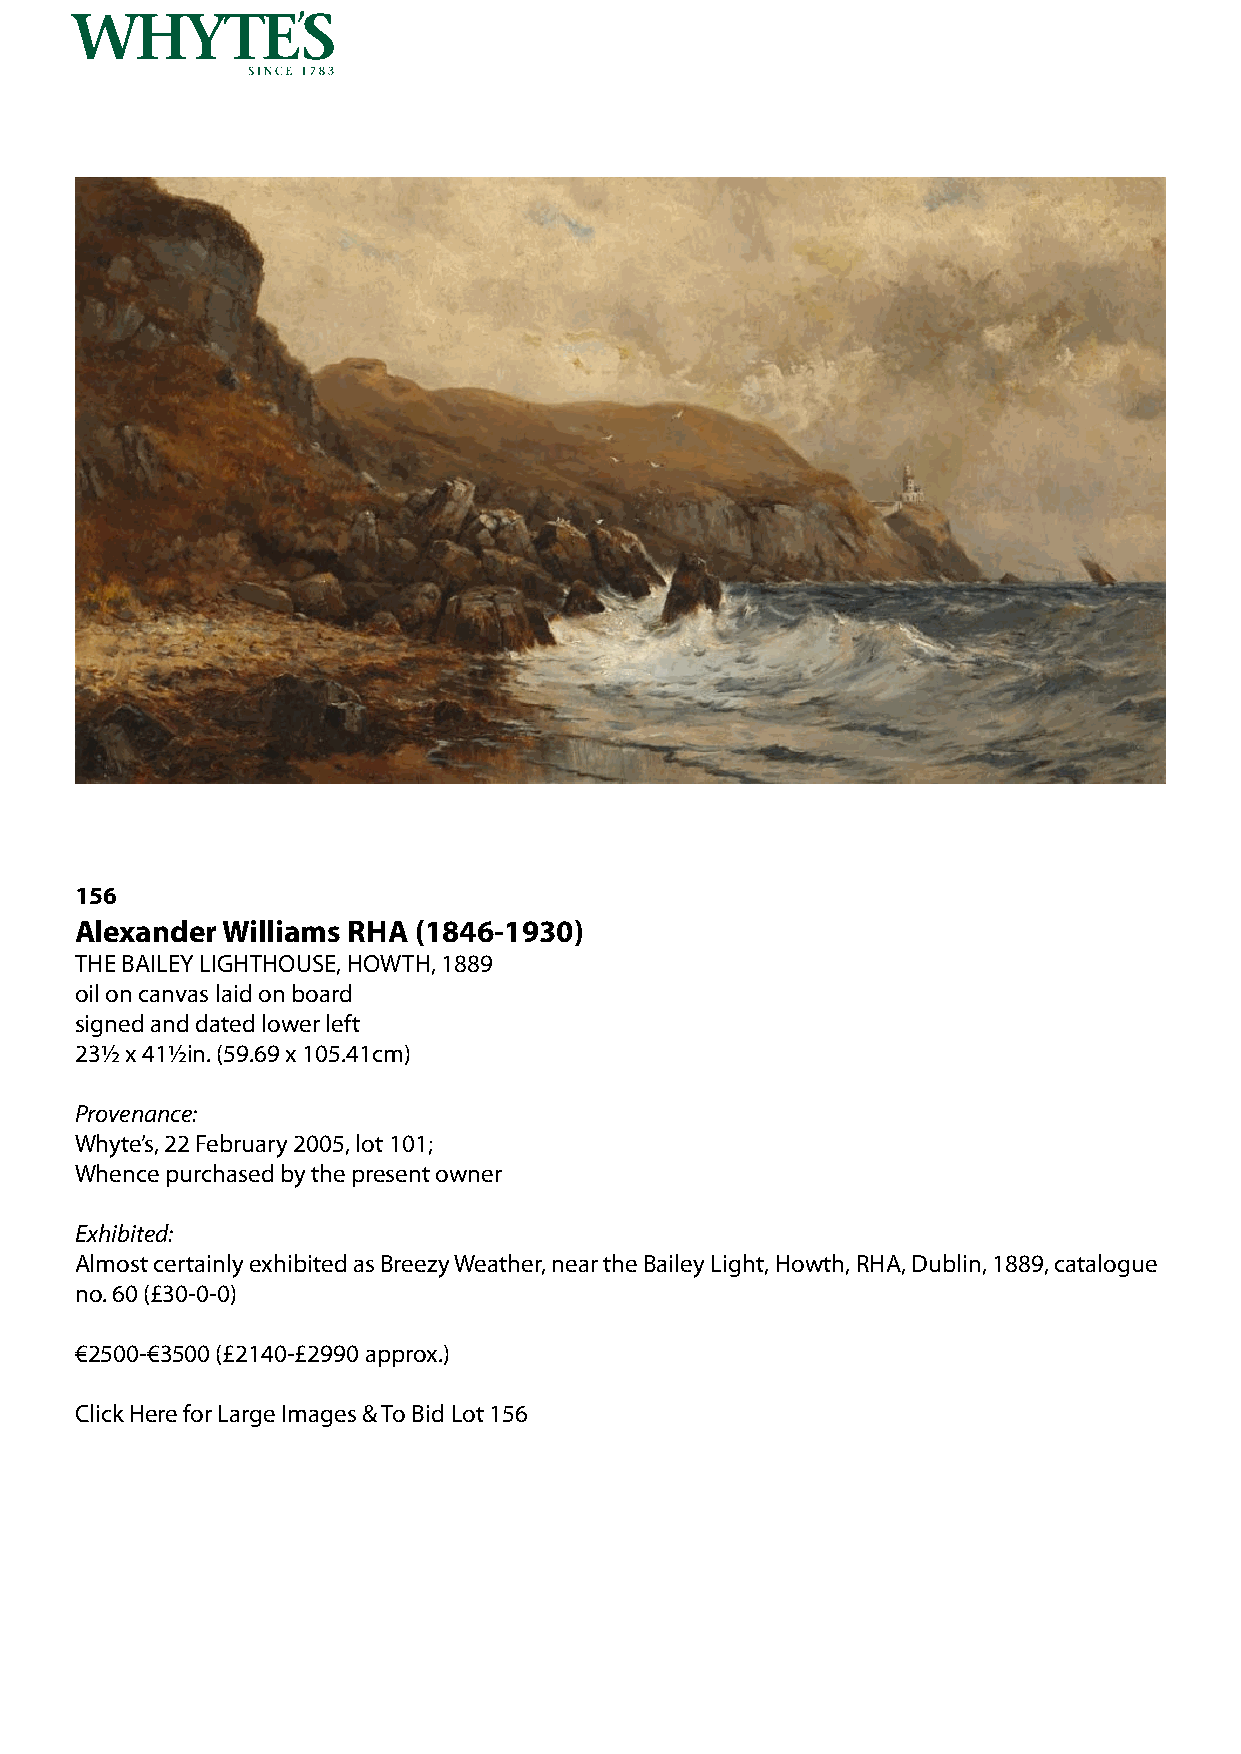
156
 Alexander Williams RHA (1846-1930)
 THE BAILEY LIGHTHOUSE, HOWTH, 1889
 oil on canvas laid on board
 signed and dated lower left
 23½ x 41½in. (59.69 x 105.41cm)
 Provenance:
 Whyte’s, 22 February 2005, lot 101;
 Whence purchased by the present owner
 Exhibited:
 Almost certainly exhibited as Breezy Weather, near the Bailey Light, Howth, RHA, Dublin, 1889, catalogue
 no. 60 (£30-0-0)
 €2500-€3500 (£2140-£2990 approx.)
 Click Here for Large Images & To Bid Lot 156